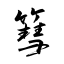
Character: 篲